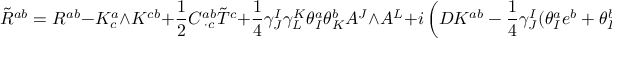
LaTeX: \tilde { R } ^ { a b } = R ^ { a b } - K _ { c } ^ { a } \wedge K ^ { c b } + \frac { 1 } { 2 } C _ { \; \cdot c } ^ { a b } \tilde { T } ^ { c } + \frac { 1 } { 4 } \gamma _ { J } ^ { I } \gamma _ { L } ^ { K } \theta _ { I } ^ { a } \theta _ { K } ^ { b } A ^ { J } \wedge A ^ { L } + i \left( D K ^ { a b } - \frac { 1 } { 4 } \gamma _ { J } ^ { I } ( \theta _ { I } ^ { a } e ^ { b } + \theta _ { I } ^ { b } e ^ { a } ) \wedge A ^ { J } \right) .